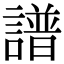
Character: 譜